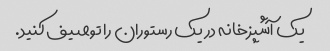
یک آشپزخانه در یک رستوران را توصیف کنید.